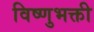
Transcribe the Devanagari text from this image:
विष्णुभक्ती